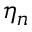
\eta _ { n }